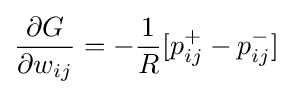
{\frac {\partial {G}}{\partial {w_{ij}}}}=-{\frac {1}{R}}[p_{ij}^{+}-p_{ij}^{-}]